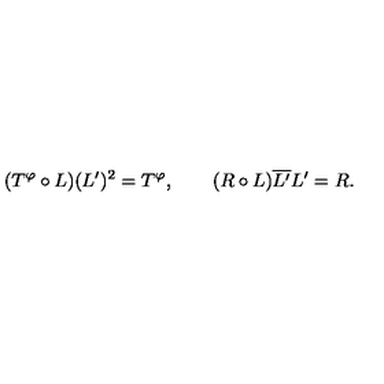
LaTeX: ( T ^ { \varphi } \circ L ) ( L ^ { \prime } ) ^ { 2 } = T ^ { \varphi } , \qquad ( R \circ L ) \overline { { L ^ { \prime } } } L ^ { \prime } = R .